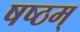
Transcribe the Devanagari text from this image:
षष्ठम्‌